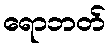
ရောဘတ်